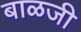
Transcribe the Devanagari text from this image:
बाळजी